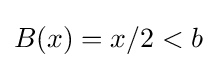
B(x)=x/2<b